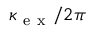
\kappa _ { \mathrm { ~ e ~ x ~ } } / 2 \pi